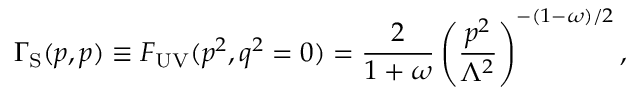
{ \Gamma _ { \mathrm { S } } } ( p , p ) \equiv F _ { \mathrm { U V } } ( p ^ { 2 } , q ^ { 2 } = 0 ) = \frac { 2 } { 1 + \omega } \left( \frac { p ^ { 2 } } { \Lambda ^ { 2 } } \right) ^ { - ( 1 - \omega ) / 2 } ,